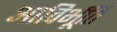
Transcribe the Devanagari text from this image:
आविर्भूति